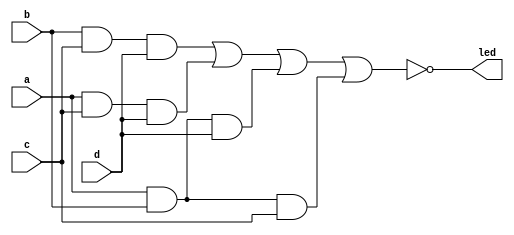
//********************************************************
//
//   Copyright(c)2016, STEP FPGA 
//   All rights reserved
//
//   Module name     :   karnaugh

//   Data            :   2016/08/22

//   Version         :   V1.0
//   Description     :   simplify 4 input circuit by karnaugh maps
//
//   Modification history
//   ----------------------------------------------------------------------------
// Version       Data(2016/08/22)   V1.0
// Description    
//
//********************************************************
//
//
//*******************
//DEFINE MODULE PORT
//*******************

module karnaugh
(
	//INPUT
	a			,
	b			,
	c			,
	d			,
	
	//OUTPUT
	led		
);
	//*******************
	//DEFINE INPUT
	//*******************
	input 		  a;
	input 		  b;
	input 		  c;
	input 		  d;
	
	//*******************
	//DEFINE OUTPUT
	//*******************
	output  		led;
	
	wire			f;
	
	//Combinational logic style
	assign f=b&c&d|a&c&d|a&b&d|a&b&c;	//simplify by karnaugh maps
	
	assign	led=~f;        				//led is low active
	
endmodule